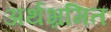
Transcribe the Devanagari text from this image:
अर्थभ्रमित